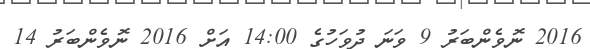
2016 ނޮވެންބަރު 9 ވަނަ ދުވަހުގެ 14:00 އަށް 2016 ނޮވެންބަރު 14